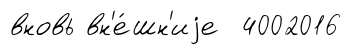
вновь вн'е́шн'иjе 4002016